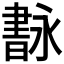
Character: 𦘢